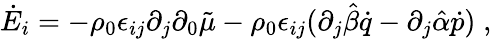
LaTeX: \dot{E}_{i}=-\rho_{0}\epsilon_{ij}\partial_{j}\partial_{0}\tilde{\mu}-\rho_{0}\epsilon_{ij}(\partial_{j}\hat{\beta}\dot{q}-\partial_{j}\hat{\alpha}\dot{p})\; ,